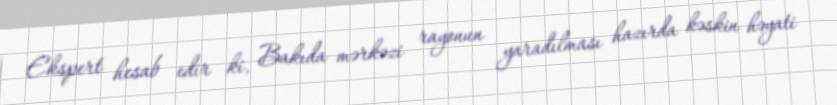
Ekspert hesab edir ki, Bakıda mərkəzi rayonun yaradılması hazırda kəskin həyati